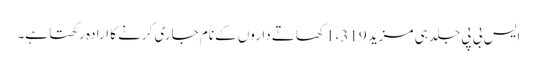
ایس بی پی جلد ہی مزید 1،319 کھاتے داروں کے نام جاری کرنے کا ارادہ رکھتا ہے۔